Language: tamil
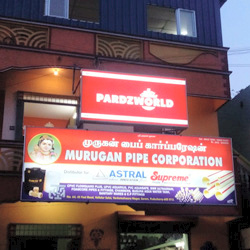
Transcription: பைப் முருகன் காா்ப்பரேஷன்